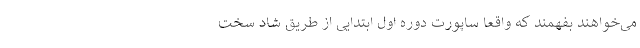
می‌خواهند بفهمند که واقعا ساپورت دوره اول ابتدایی از طریق شاد سخت